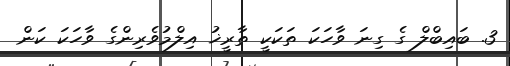
3. ބައިބްލް ގެ ގިނަ ވާހަކަ ތަކަކީ ތާރީޚު އިލްމުވެރިންގެ ވާހަކަ ކަން